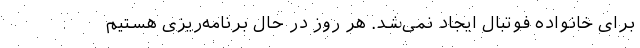
برای خانواده فوتبال ایجاد نمی‌شد. هر روز در حال برنامه‌ریزی هستیم